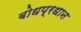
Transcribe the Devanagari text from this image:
बोधप्रधान